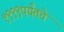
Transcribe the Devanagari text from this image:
१९९९पर्यंतचे